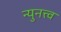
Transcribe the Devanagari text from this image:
न्युनत्त्व